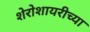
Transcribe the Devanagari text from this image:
शेरोशायरीच्या